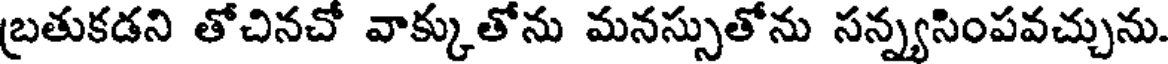
బ్రతుకడని తోచినచో వాక్కుతోను మనస్సుతోను సన్న్యసింపవచ్చును.